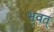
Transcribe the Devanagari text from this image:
भवत्